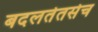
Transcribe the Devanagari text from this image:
बदलतेतसेच